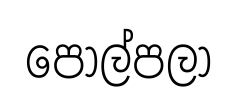
පොල්පලා